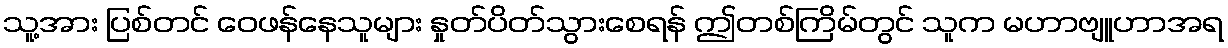
သူ့အား ပြစ်တင် ဝေဖန်နေသူများ နှုတ်ပိတ်သွားစေရန် ဤတစ်ကြိမ်တွင် သူက မဟာဗျူဟာအရ